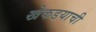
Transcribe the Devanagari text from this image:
खेकडयाची